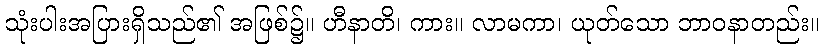
သုံးပါးအပြားရှိသည်၏ အဖြစ်၌။ ဟီနာတိ၊ ကား။ လာမကာ၊ ယုတ်သော ဘာဝနာတည်း။